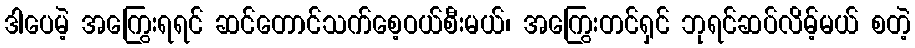
ဒါပေမဲ့ အကြွေးရရင် ဆင်တောင်သက်စေ့ဝယ်စီးမယ်၊ အကြွေးတင်ရှင် ဘုရင်ဆပ်လိမ့်မယ် စတဲ့